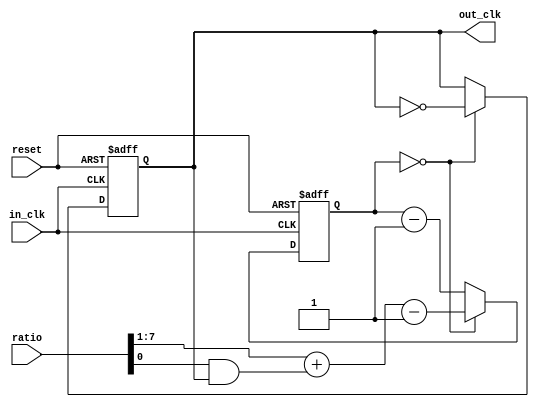
module clk_divider_5(input reset, input wire in_clk,output reg out_clk, input [7:0] ratio);
   reg [7:0] counter;
   always @(posedge in_clk or posedge reset)
     if(reset)
       counter <= #1 8'd0;
     else if(counter == 0)
       counter <= #1 ratio[7:1] + (ratio[0] & out_clk) - 8'b1;
     else
       counter <= #1 counter-8'd1;
   always @(posedge in_clk or posedge reset)
     if(reset)
       out_clk <= #1 1'b0;
     else if(counter == 0)
       out_clk <= #1 ~out_clk;
endmodule